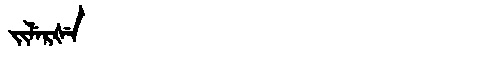
Manchu: ᠵᡳᠯᡝᡵᡧᡝ
Romanization: JILERŠE